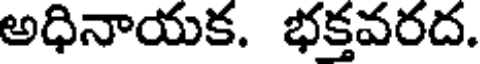
అధినాయక. భక్తవరద.